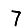
Digit: 7